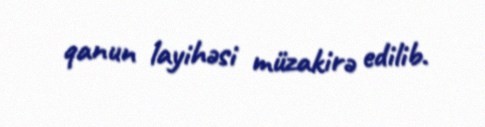
qanun layihəsi müzakirə edilib.